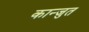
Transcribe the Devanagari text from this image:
कान्जुत